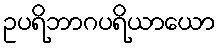
ဥပရိဘာဂပရိယာယော